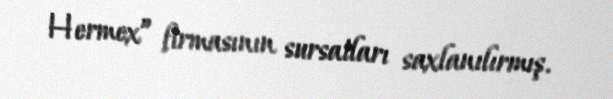
Hermex” firmasının sursatları saxlanılırmış.